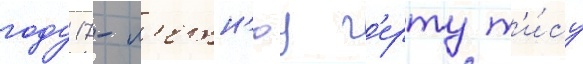
году 17-л'етн'юу г'ерту т'и́су